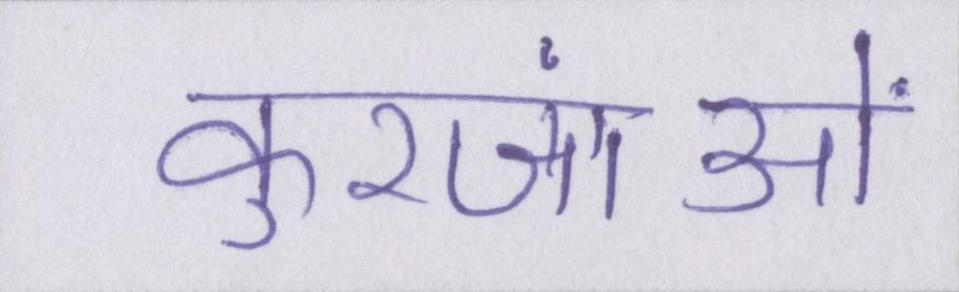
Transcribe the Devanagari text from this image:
कुरजांओं